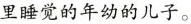
里睡觉的年幼的儿子。